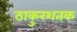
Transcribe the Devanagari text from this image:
ठाकुरशतक